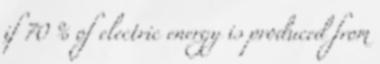
if 70 % of electric energy is produced from